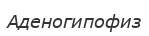
Аденогипофиз